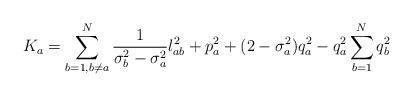
LaTeX: \begin{align*}K_a=\sum_{b=1,b\neq a}^N \frac{1}{\sigma_b^2-\sigma_a^2}l_{ab}^2+p_a^2+(2-\sigma_a^2) q_a^2-q_a^2\sum_{b=1}^Nq_b^2\end{align*}